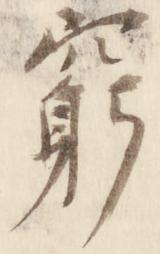
窮